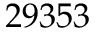
2 9 3 5 3